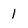
Character: 1